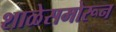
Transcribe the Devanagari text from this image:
शाळेसमोरून